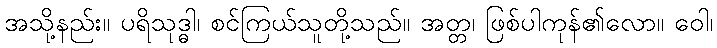
အသို့နည်း။ ပရိသုဒ္ဓါ၊ စင်ကြယ်သူတို့သည်။ အတ္တ၊ ဖြစ်ပါကုန်၏လော။ ဝေါ၊